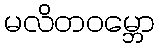
မလိတဝမ္ဘော